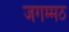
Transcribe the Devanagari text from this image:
जगम्मठ